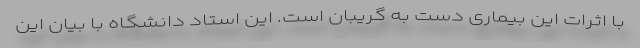
با اثرات این بیماری دست به گریبان است. این استاد دانشگاه با بیان این